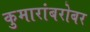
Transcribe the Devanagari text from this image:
कुमारांबरोबर